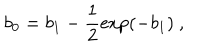
b _ { 0 } = b _ { 1 } - \frac { 1 } { 2 } \exp ( - b _ { 1 } ) ~ ,